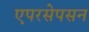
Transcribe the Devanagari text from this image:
एपरसेपसन